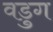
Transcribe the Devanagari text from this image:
वडुग